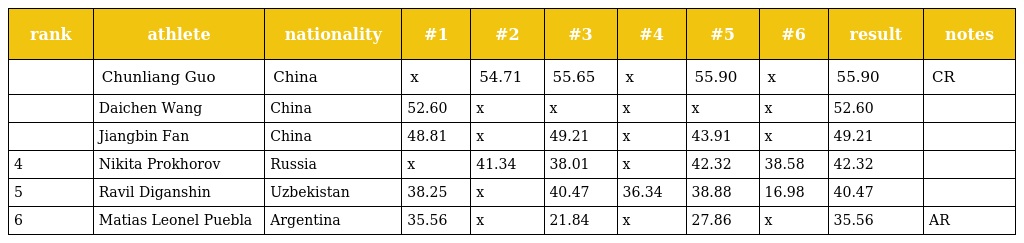
| rank | athlete | nationality | #1 | #2 | #3 | #4 | #5 | #6 | result | notes |
 | --- | --- | --- | --- | --- | --- | --- | --- | --- | --- | --- |
 |  | Chunliang Guo | China | x | 54.71 | 55.65 | x | 55.90 | x | 55.90 | CR |
 |  | Daichen Wang | China | 52.60 | x | x | x | x | x | 52.60 |  |
 |  | Jiangbin Fan | China | 48.81 | x | 49.21 | x | 43.91 | x | 49.21 |  |
 | 4 | Nikita Prokhorov | Russia | x | 41.34 | 38.01 | x | 42.32 | 38.58 | 42.32 |  |
 | 5 | Ravil Diganshin | Uzbekistan | 38.25 | x | 40.47 | 36.34 | 38.88 | 16.98 | 40.47 |  |
 | 6 | Matias Leonel Puebla | Argentina | 35.56 | x | 21.84 | x | 27.86 | x | 35.56 | AR |